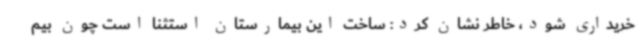
خریداری شود، خاطر نشان کرد: ساخت این بیمارستان استثنا است چون بیم